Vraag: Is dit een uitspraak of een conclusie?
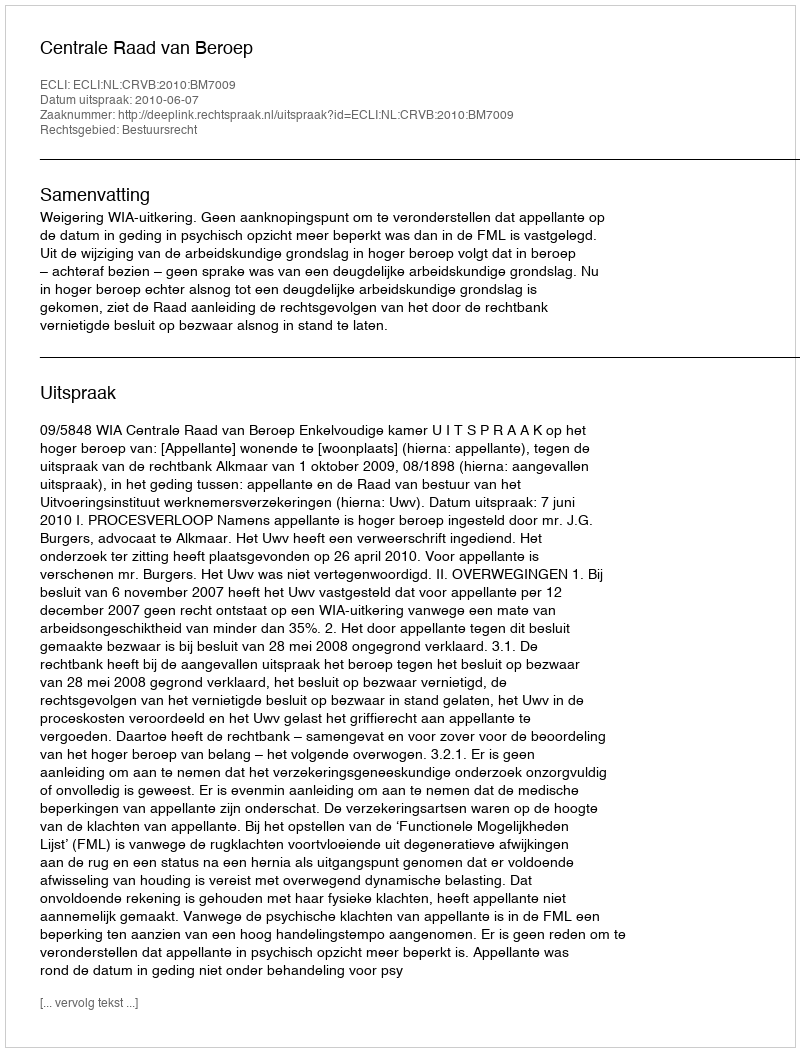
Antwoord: Uitspraak